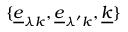
\{ \underline { { e } } _ { \lambda k } , \underline { { e } } _ { \lambda ^ { \prime } k } , \underline { { k } } \}